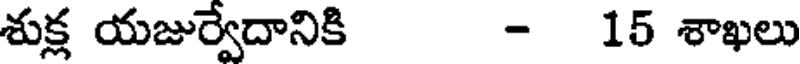
శుక్ల యజుర్వేదానికి - 15 శాఖలు